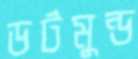
ডর্টমুন্ড